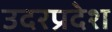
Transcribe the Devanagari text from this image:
उदरप्रदेश